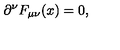
\partial ^ { \nu } F _ { \mu \nu } ( x ) = 0 ,